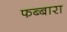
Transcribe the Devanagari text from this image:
फब्बारा